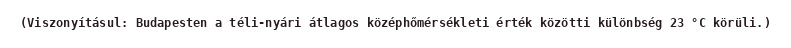
(Viszonyításul: Budapesten a téli-nyári átlagos középhőmérsékleti érték közötti különbség 23 °C körüli.)